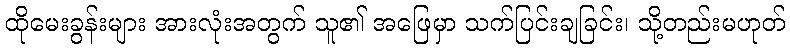
ထိုမေးခွန်းများ အားလုံးအတွက် သူ၏ အဖြေမှာ သက်ပြင်းချခြင်း၊ သို့တည်းမဟုတ်